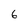
Character: 6